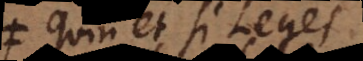
Quin et si Leges